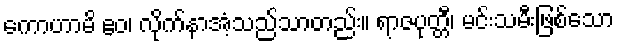
ကောဟာမိ ဧဝ၊ လိုက်နာအံ့သည်သာတည်း။ ရာဇပုတ္တီ၊ မင်းသမီးဖြစ်သော